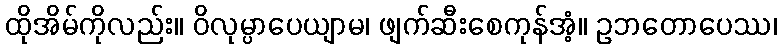
ထိုအိမ်ကိုလည်း။ ဝိလုမ္ပာပေယျာမ၊ ဖျက်ဆီးစေကုန်အံ့။ ဥဘတောပေဿ၊